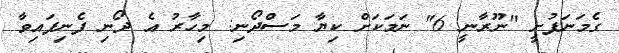
ގެމަނަފުށީ "ނޫރާނީ 6" ނަމަކަށް ކިޔާ މަސްދޯނި: މިހާރު އެ ދޯނި ފެނިފައިވާ